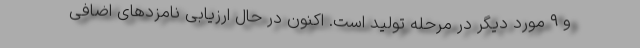
و ۹ مورد دیگر در مرحله تولید است. اکنون در حال ارزیابی نامزدهای اضافی